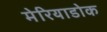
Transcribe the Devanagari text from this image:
मेरियाडोक